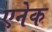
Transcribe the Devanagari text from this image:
एनेक